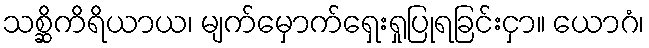
သစ္ဆိကိရိယာယ၊ မျက်မှောက်ရှေးရှုပြုရခြင်းငှာ။ ယောဂံ၊